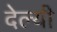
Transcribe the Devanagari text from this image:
देल्यी